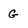
Character: g